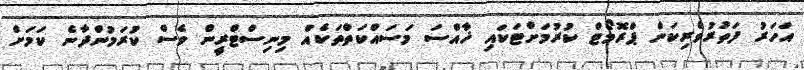
އަހަރު ފަތުރުވެރިކަން ޕްރޮމޯޓް ކުރުމަށްޓަކައި ޚާއްސަ މަސައްކަތްތަކެއް މިނިސްޓްރީން ވެސް ކުރަމުންދާނެ ކަމަށް